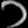
Digit: ၁